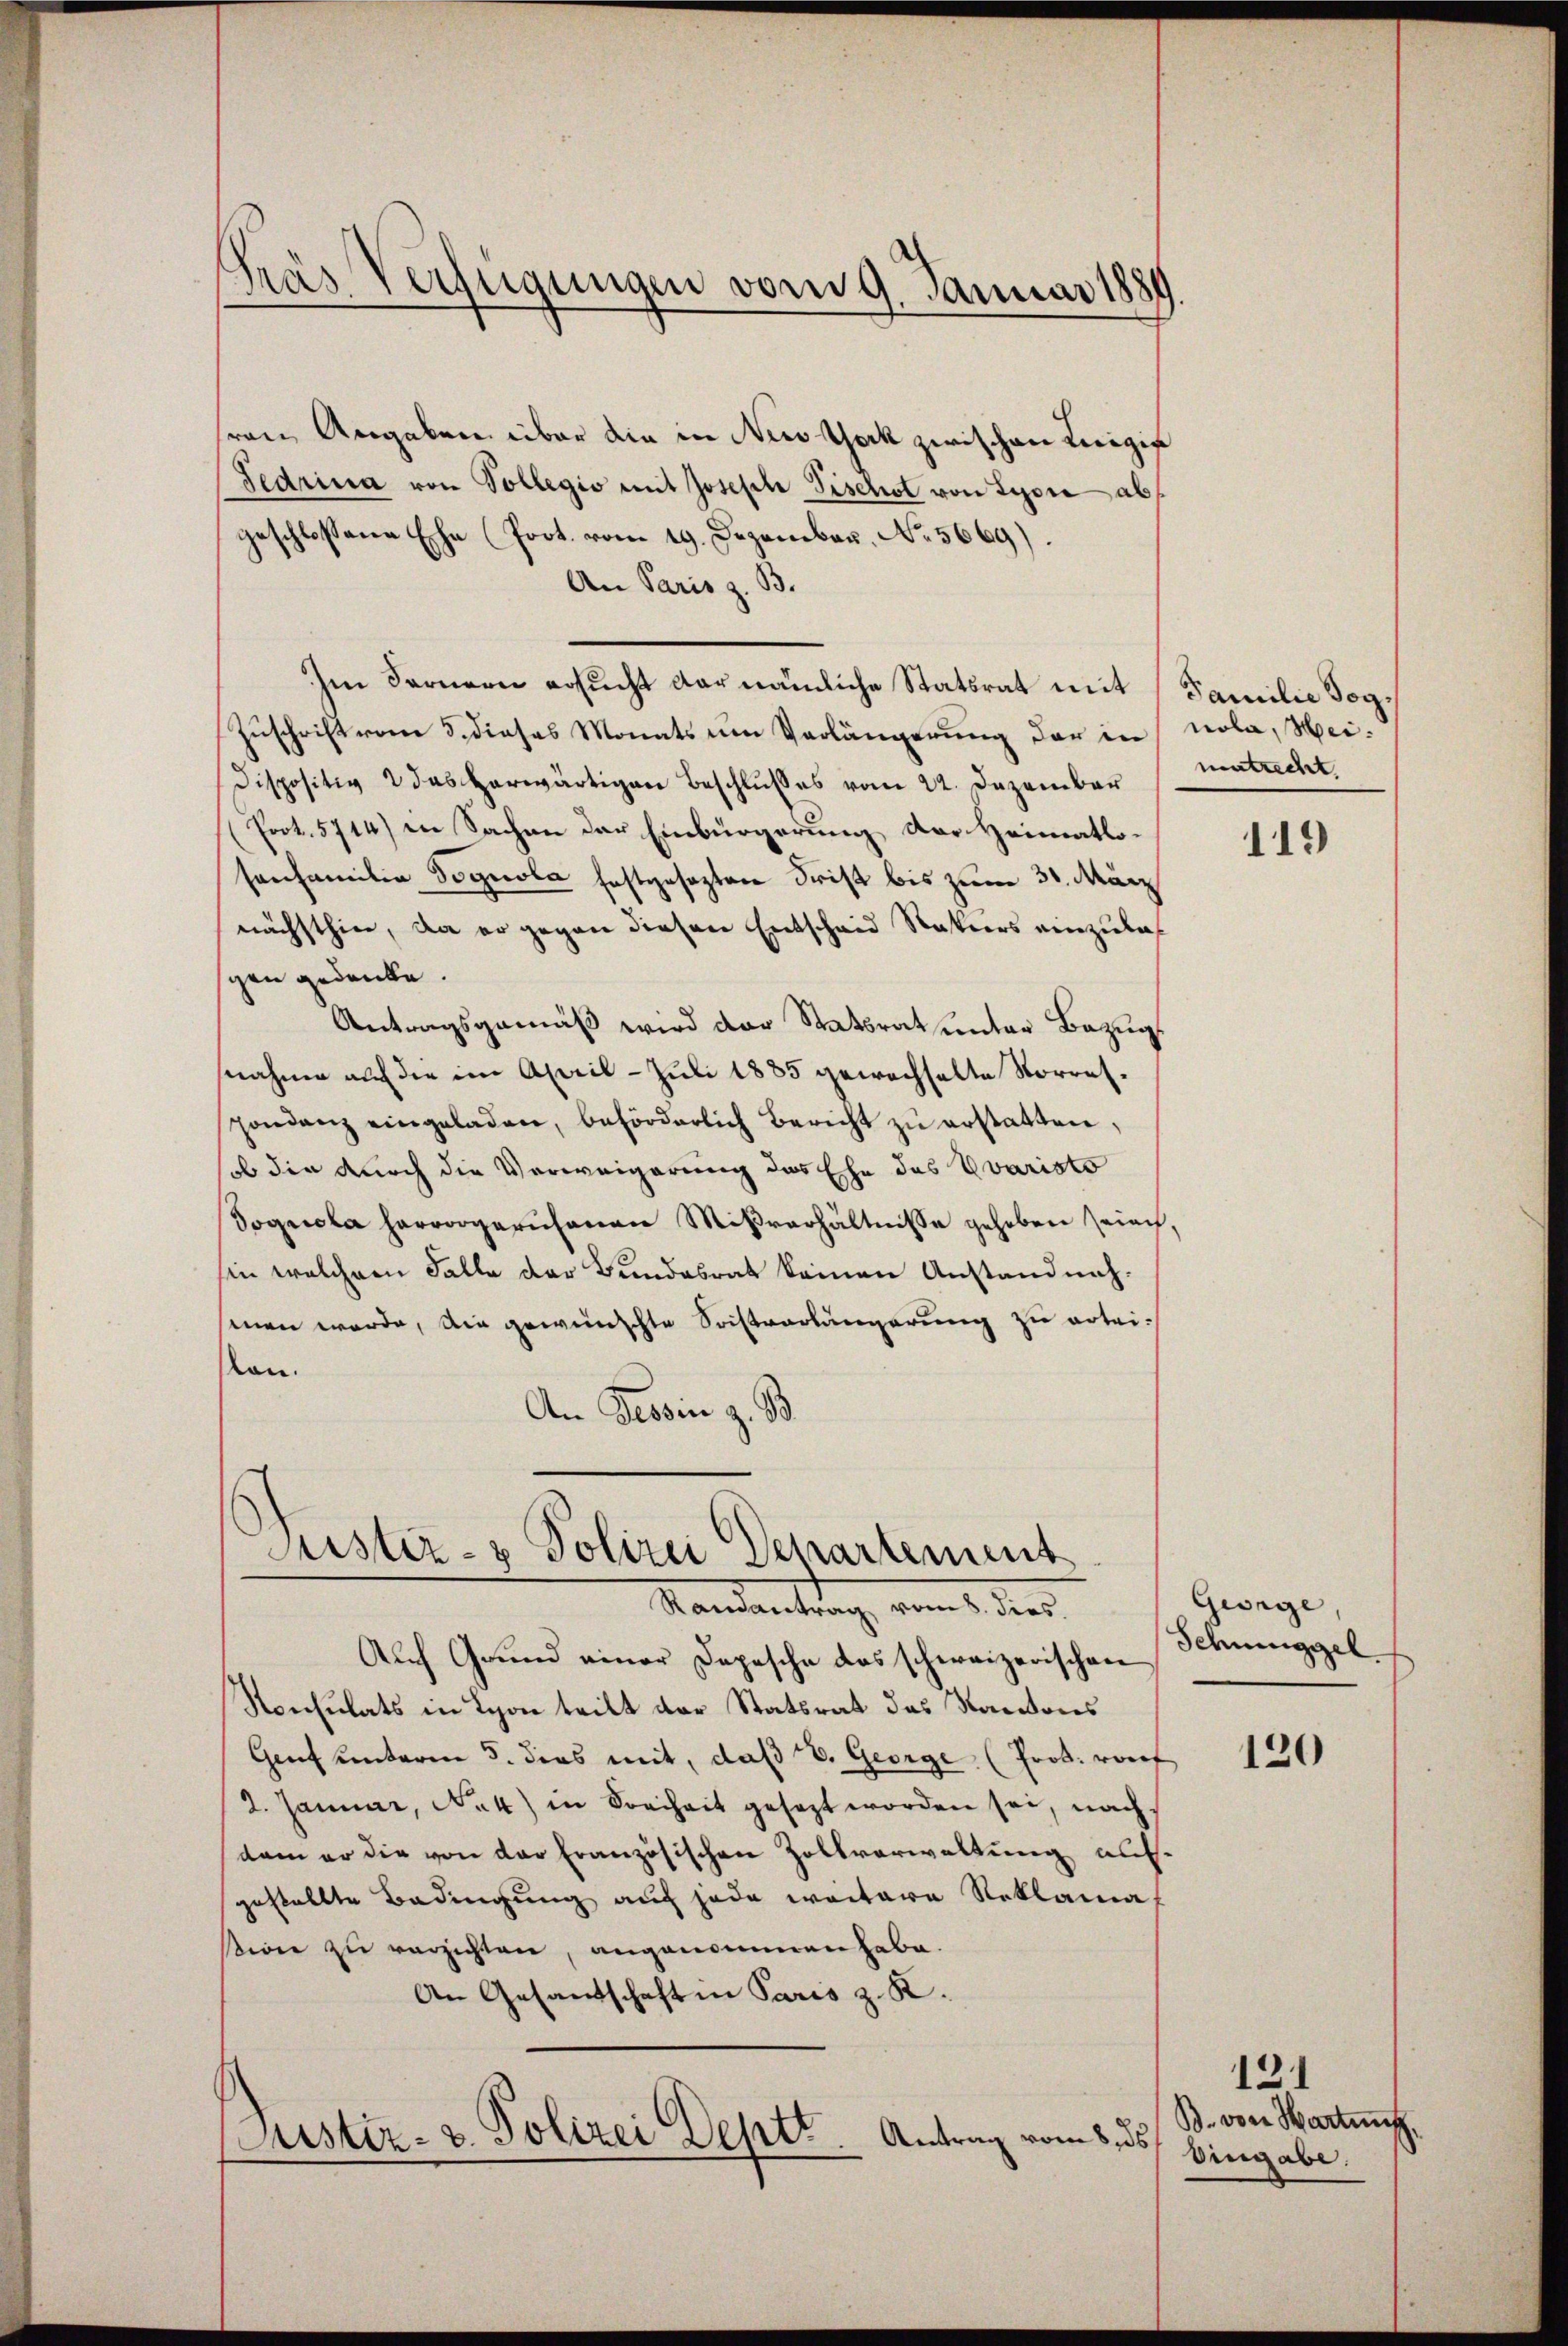
Fras Verfügungen vom 9. Januar 1880

ren Angaben über die in Nestock zwischen Leigie
Fedrina von Vollegio mit Joseph Tischst von Lyon abs
geschlossene Ehe (fort. vom 19. Dezember, No. 5669).
An Paris z. B.
Im Fernern ersucht der nämliche Statsrat mit
Zuschrift vom 5. dieses Monats um Verlängerung der in nola, Heidispositiv 2 das herwärtigen Beschlŭβes vom 22. Dezember
Prot. 5714) in Sachen der Einbürgerung der Heimatlo-
sanfamilia Sognola festgesezten Frist bis zum 31. März
nächsthier, da er gegen diesen Entschaid Rekurs einzulaspen gedanke.
Antragsgemäß wird der Statsrat unter Bezug
nahme auf die im April - Juli 1885 gewechselte Vorrespondenz eingeladen, beförderlich Bericht zŭ erstatten,
ob die durch die Verweigerung des Ehe des Vvaristo
Sognola hervorgerisanen Mißverhältnisse gehoben sein,
hin welchem Falle der Bundesrat keinen Anstandnahmen werde, die gewünschte Soistvorlängerung zu erleilan.
An Tessin z. B.
Justiz- & Polizei Departement
Standentrag, vom 1. des
Auch Grund einer Depesche das schweizerischen
Konsulats in Lyon teilt der Statsrat des Kantons
Genf unterm 5. dies mit, daß 18. George (Prok. vorf
2. Januar, No 4) in Freiheit gesezt worden sei, nachs
dam er die von der französischen Zollverwaltung auf-
gestellte Bedingung auch jede weitere Reklama
sion zu verzichten, angenommen habe.
An Gesandschaft in Paris z. K.
Justiz- & Polizei Deptr. Antrag vom 8. ds.

Familie sog.
matrecht.

119

George,
Schnunggel

120

131
B. von Hartung.
Eingabe.